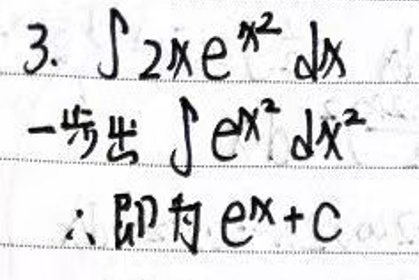
$3.\int 2xe^{x^{2}}dx$\\
$-$步出$\int e^{x^{2}}dx^{2}$\\
$\therefore$即$e^{x}+c$